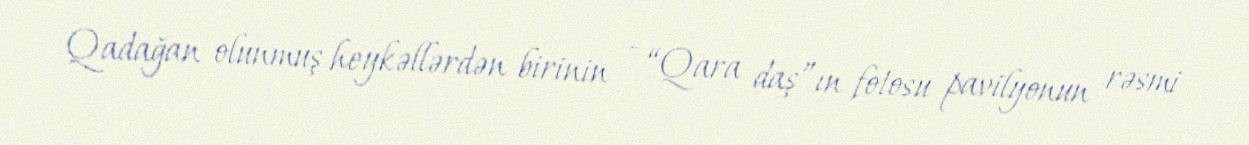
Qadağan olunmuş heykəllərdən birinin - “Qara daş”ın fotosu pavilyonun rəsmi